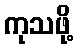
ကုသဖို့